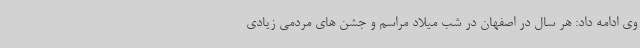
وی ادامه داد: هر سال در اصفهان در شب میلاد مراسم و جشن های مردمی زیادی